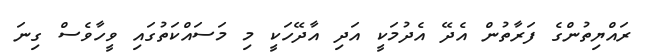
ރައްޔިތުންގެ ފަރާތުން އެދޭ އެދުމަކީ އަދި އާދޭހަކީ މި މަސައްކަތުގައި ވީހާވެސް ގިނަ